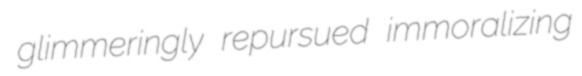
glimmeringly repursued immoralizing